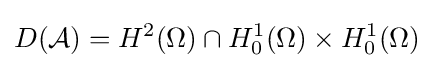
D({\mathcal {A}})=H^{2}(\Omega )\cap H_{0}^{1}(\Omega )\times H_{0}^{1}(\Omega )